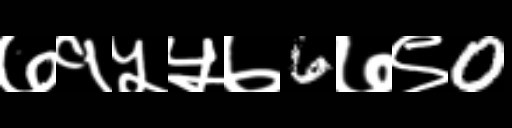
Text: ७१५५७6७९0